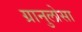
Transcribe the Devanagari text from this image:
ग्रानुलोसा